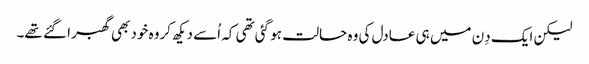
لیکن ایک دِن میں ہی عادل کی وہ حالت ہو گئی تھی کہ اُسے دیکھ کروہ خود بھی گھبرا گئے تھے۔